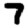
Digit: 7